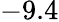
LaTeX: -9.4